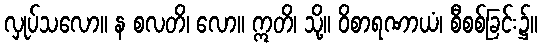
လှုပ်သလော။ န စလတိ၊ လော။ ဣတိ၊ သို့။ ဝိစာရဏာယံ၊ စီစစ်ခြင်း၌။